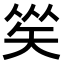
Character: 𥏀